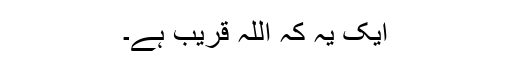
ایک یہ کہ اللہ قریب ہے۔